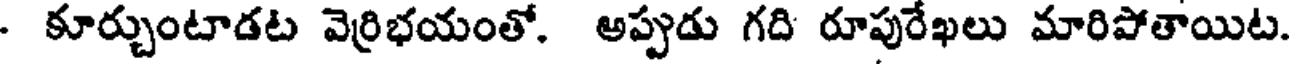
- కూర్చుంటాడట వెర్రిభయంతో. అప్పుడు గది రూపురేఖలు మారిపోతాయిట.